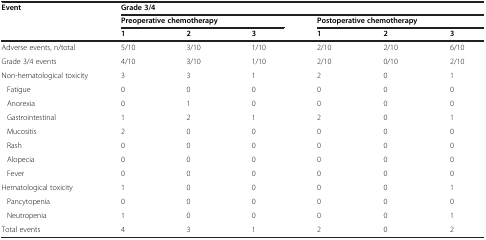
<table><thead><tr><td><b>Event</b></td><td colspan="6"><b>Grade 3/4</b></td></tr><tr><td><b> </b></td><td colspan="3"><b>Preoperative chemotherapy</b></td><td colspan="3"><b>Postoperative chemotherapy</b></td></tr><tr><td><b> </b></td><td><b>1</b></td><td><b>2</b></td><td><b>3</b></td><td><b>1</b></td><td><b>2</b></td><td><b>3</b></td></tr></thead><tbody><tr><td>Adverse events, n/total</td><td>5/10</td><td>3/10</td><td>1/10</td><td>2/10</td><td>2/10</td><td>6/10</td></tr><tr><td>Grade 3/4 events</td><td>4/10</td><td>3/10</td><td>1/10</td><td>2/10</td><td>0/10</td><td>2/10</td></tr><tr><td>Non-hematological toxicity</td><td>3</td><td>3</td><td>1</td><td>2</td><td>0</td><td>1</td></tr><tr><td>Fatigue</td><td>0</td><td>0</td><td>0</td><td>0</td><td>0</td><td>0</td></tr><tr><td>Anorexia</td><td>0</td><td>1</td><td>0</td><td>0</td><td>0</td><td>0</td></tr><tr><td>Gastrointestinal</td><td>1</td><td>2</td><td>1</td><td>2</td><td>0</td><td>1</td></tr><tr><td>Mucositis</td><td>2</td><td>0</td><td>0</td><td>0</td><td>0</td><td>0</td></tr><tr><td>Rash</td><td>0</td><td>0</td><td>0</td><td>0</td><td>0</td><td>0</td></tr><tr><td>Alopecia</td><td>0</td><td>0</td><td>0</td><td>0</td><td>0</td><td>0</td></tr><tr><td>Fever</td><td>0</td><td>0</td><td>0</td><td>0</td><td>0</td><td>0</td></tr><tr><td>Hematological toxicity</td><td>1</td><td>0</td><td>0</td><td>0</td><td>0</td><td>1</td></tr><tr><td>Pancytopenia</td><td>0</td><td>0</td><td>0</td><td>0</td><td>0</td><td>0</td></tr><tr><td>Neutropenia</td><td>1</td><td>0</td><td>0</td><td>0</td><td>0</td><td>1</td></tr><tr><td>Total events</td><td>4</td><td>3</td><td>1</td><td>2</td><td>0</td><td>2</td></tr></tbody></table>